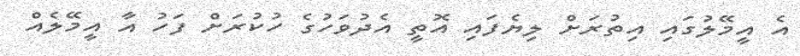
އެ އީމޭލުގައި އިތުރަށް ލިޔެފައި އޮތީ އެދުވަހުގެ ހުކުރަށް ފަހު އާ އީމޭލެއް